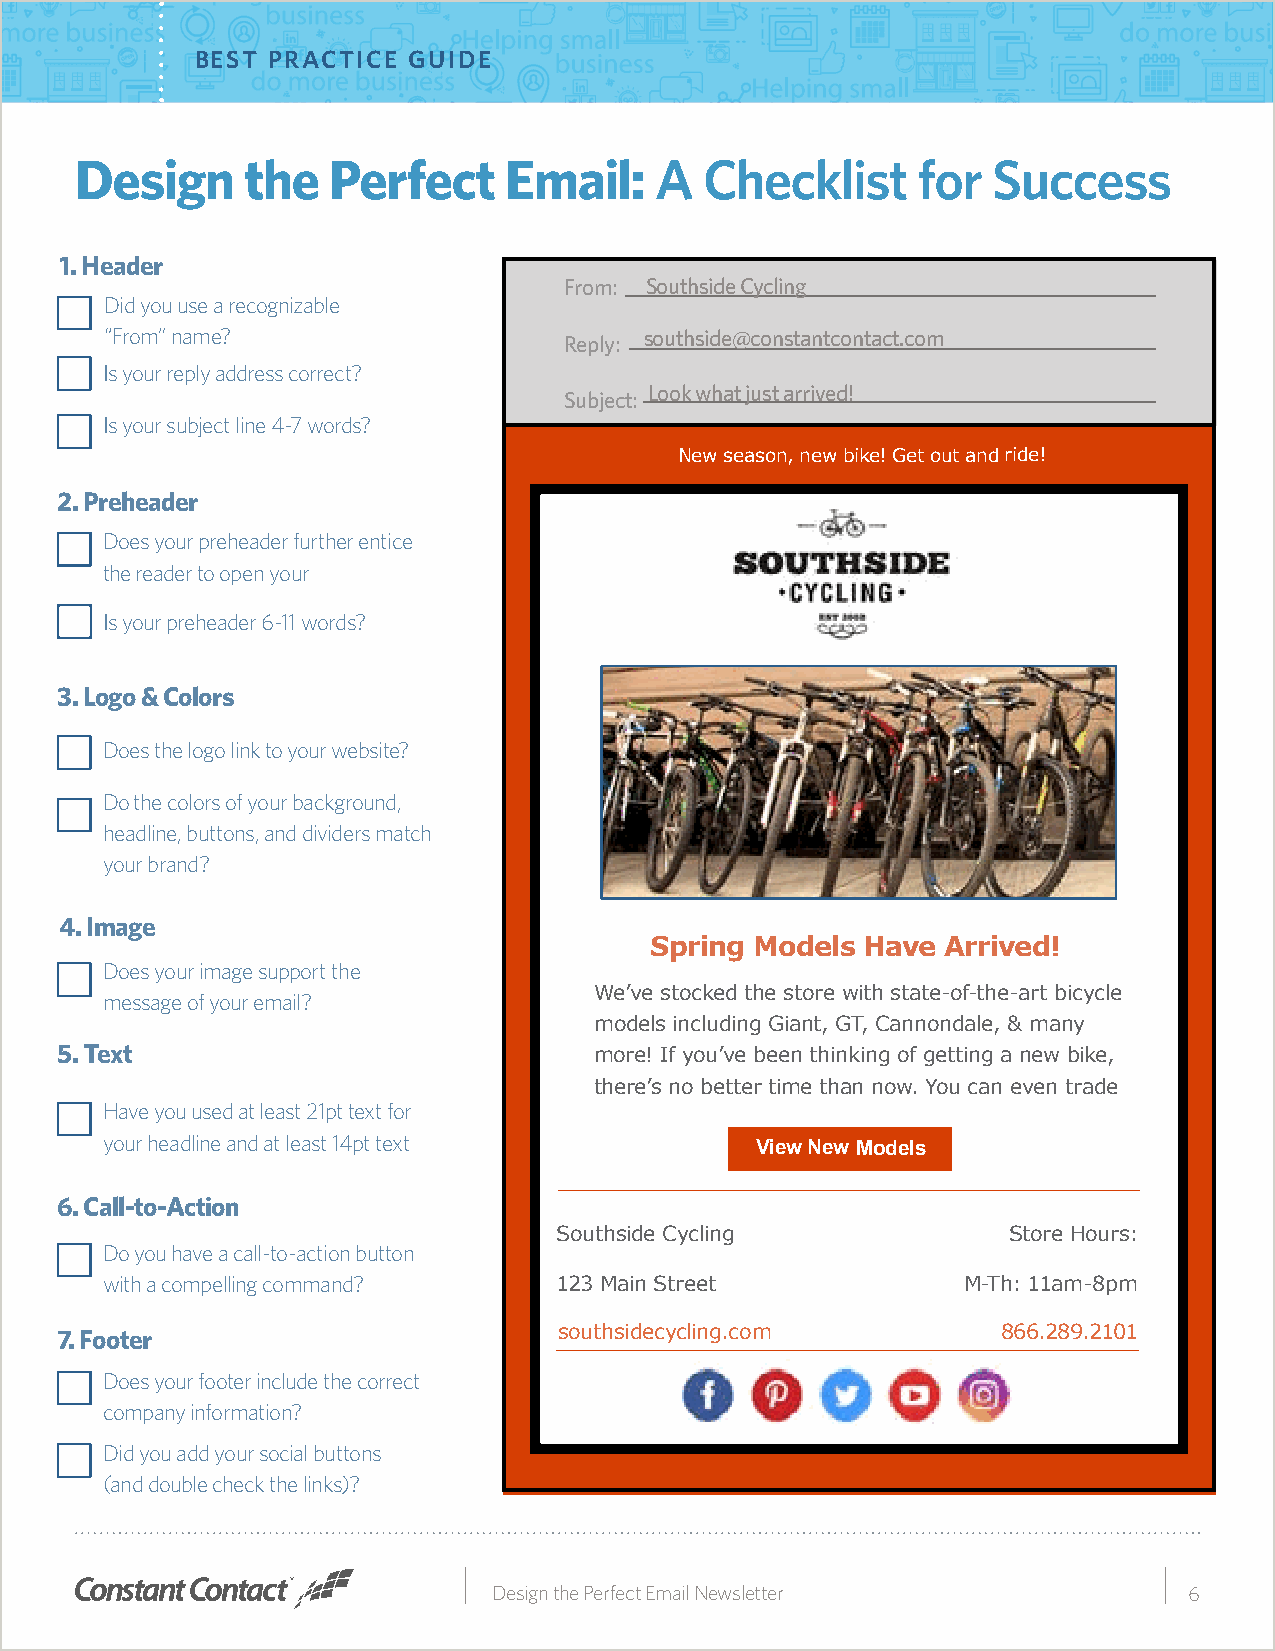
BEST PRACTICE GUIDE
 Design     the   Perfect    Email:    A   Checklist     for  Success
 1. Header
 From: Southside Cycling
 Did you use a recognizable
 “From” name?                  Reply: southside@constantcontact.com
 Is your reply address correct?
 Look what just arrived!
 Subject:
 Is your subject line 4-7 words?
 New season, new bike! Get out and ride!
 2. Preheader
 Does your preheader further entice
 the reader to open your
 Is your preheader 6-11 words?
 3. Logo & Colors
 Does the logo link to your website?
 Do the colors of your background,
 headline, buttons, and dividers match
 your brand?
 4. Image
 Spring Models Have  Arrived!
 Does your image support the
 We’ve stocked the store with state-of-the-art bicycle
 message of your email?
 models including Giant, GT, Cannondale, & many
 5. Text                            more! If you’ve been thinking of getting a new bike,
 there’s no better time than now. You can even trade
 Have you used at least 21pt text for
 your headline and at least 14pt text
 View New Models
 6. Call-to-Action
 Southside Cycling             Store Hours:
 Do you have a call-to-action button
 with a compelling command?    123 Main Street            M-Th: 11am-8pm
 7. Footer                        southsidecycling.com         866.289.2101
 Does your footer include the correct
 company information?
 Did you add your social buttons
 (and double check the links)?
 Design the Perfect Email Newsletter           6